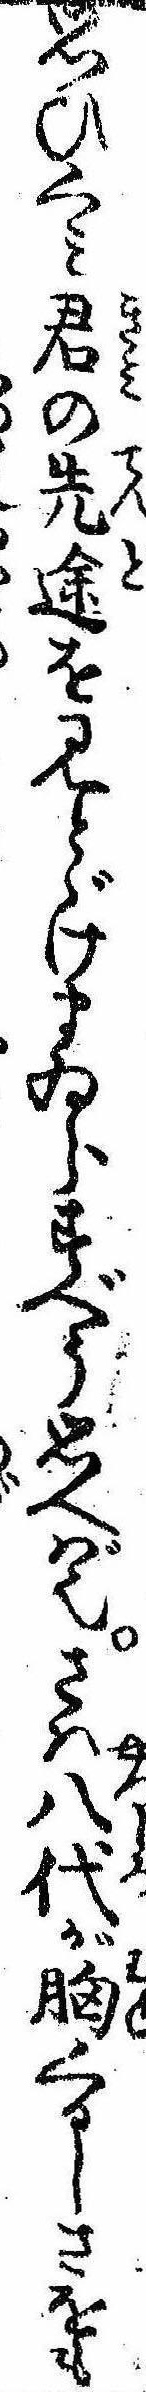
思ひくみ君の先途を見とゞけまゐらすべう思へば也さは八代が胸くるしさをも